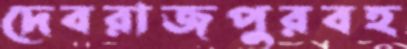
দেবরাজপুরবহ